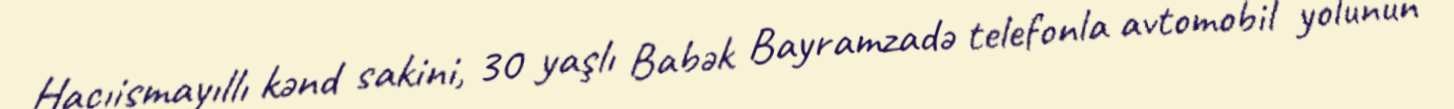
Hacıismayıllı kənd sakini, 30 yaşlı Babək Bayramzadə telefonla avtomobil yolunun